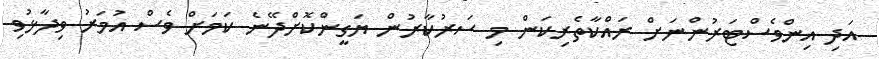
އަދި އިންވެސްޓަރުންނަށް ރައްކާތެރިކަން މި ސަރުކާރުން ޔަގީންކޮށްދޭނެ ކަމަށް ވެސް އުމަރު ވިދާޅުވި